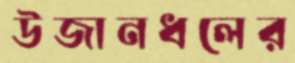
উজানধলের